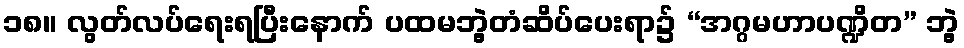
၁၈။ လွတ်လပ်ရေးရပြီးနောက် ပထမဘွဲ့တံဆိပ်ပေးရာ၌ “အဂ္ဂမဟာပဏ္ဍိတ” ဘွဲ့